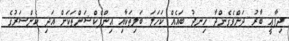
ދިފާޢީ ބާރު ދަށްވެގެންދާ ހިނދު ބައެއް ކަހަލަ ބަލިތަކާއި އިންފެކްޝަންތަކަށް އަދި ކެންސަރުގެ